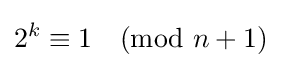
2^{k}\equiv 1{\pmod {n+1}}